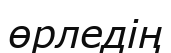
өрледің